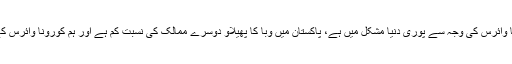
اسلام آباد میں ایک تقریب سے خطاب کرتے ہوئے وزیراعظم عمران خان کا کہنا تھا کہ کورونا وائرس کی وجہ سے پوری دنیا مشکل میں ہے، پاکستان میں وبا کا پھیلاو دوسرے ممالک کی نسبت کم ہے اور ہم کورونا وائرس کے حوالے سے ہر روز میٹنگ کرتے ہیں، ہمارے ایک طرف کورونا دوسری طرف بھوک ہے۔